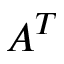
A ^ { T }